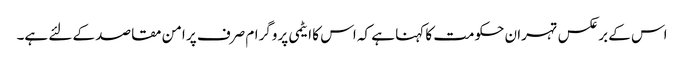
اس کے برعکس تہران حکومت کا کہنا ہے کہ اس کا ایٹمی پروگرام صرف پر امن مقاصد کے لئے ہے۔